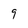
Character: 9